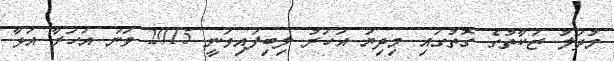
މުދަލު ޒަކާތުގެ ގޮތުގައި މިދިޔަ އަހަރު ލިބިފައިވަނީ 2015 ވަނަ އަހަރާ އަޅާ